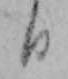
日